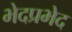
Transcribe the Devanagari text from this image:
भेदप्रभेद